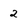
Character: 2